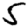
Digit: 5